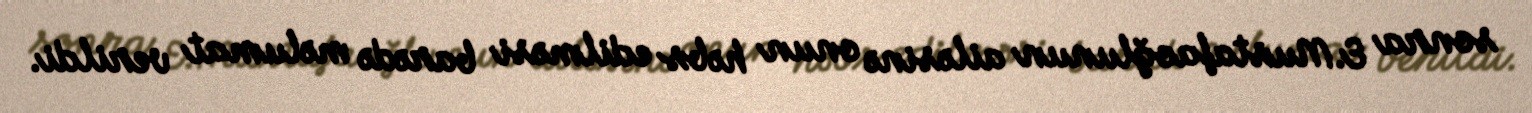
sonra E.Mustafaoğlunun ailəsinə onun həbs edilməsi barədə məlumat verildi.